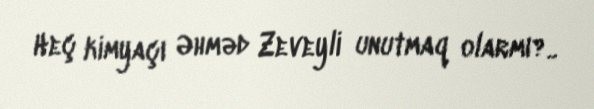
Heç kimyaçı Əhməd Zeveyli unutmaq olarmı?..